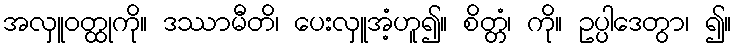
အလှူဝတ္ထုကို။ ဒဿာမီတိ၊ ပေးလှူအံ့ဟူ၍။ စိတ္တံ၊ ကို။ ဥပ္ပါဒေတွာ၊ ၍။